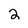
Character: 2